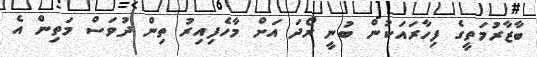
ބާޒާރުމަތީގެ ފިހާރައަކުން ބުނީ ރޯދަ އަށް މާހެފިއިރު ތިން ދުވަސް މަތިން އެ